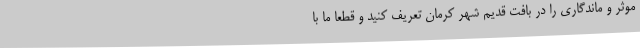
موثر و ماندگاری را در بافت قدیم شهر کرمان تعریف کنید و قطعا ما با